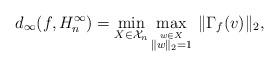
LaTeX: \begin{align*}d_{\infty}(f,H^\infty_n)= \min_{X\in{\cal X}_n}\max_{\stackrel{w\in X}{\|w\|_{2}= 1}} \, \|\Gamma_f(v)\|_2,\end{align*}